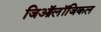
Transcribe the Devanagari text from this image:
जिऑलॉजिकल